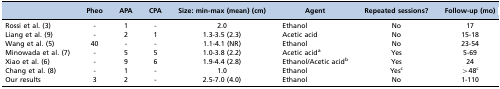
<table><thead><tr><td>[EMPTY_CELL]</td><td><b>Pheo</b></td><td><b>APA</b></td><td><b>CPA</b></td><td><b>Size: min-max (mean) (cm)</b></td><td><b>Agent</b></td><td><b>Repeated sessions?</b></td><td><b>Follow-up (mo)</b></td></tr></thead><tbody><tr><td>Rossi et al. 3</td><td>-</td><td>1</td><td>-</td><td>2.0</td><td>Ethanol</td><td>No</td><td>17</td></tr><tr><td>Liang et al. 9</td><td>-</td><td>2</td><td>1</td><td>1.3-3.5 (2.3)</td><td>Acetic acid</td><td>No</td><td>15-18</td></tr><tr><td>Wang et al. 5</td><td>40</td><td>-</td><td>-</td><td>1.1-4.1 (NR)</td><td>Ethanol</td><td>No</td><td>23-54</td></tr><tr><td>Minowada et al. 7</td><td>-</td><td>5</td><td>5</td><td>1.0-3.8 (2.2)</td><td>Acetic acid<sup>a</sup></td><td>Yes</td><td>5-69</td></tr><tr><td>Xiao et al. 6</td><td>-</td><td>9</td><td>6</td><td>1.9-4.4 (2.8)</td><td>Ethanol/Acetic acid<sup>b</sup></td><td>Yes</td><td>24</td></tr><tr><td>Chang et al. 8</td><td>-</td><td>1</td><td>-</td><td>1.0</td><td>Ethanol</td><td>Yes<sup>c</sup></td><td>&gt;48<sup>c</sup></td></tr><tr><td>Our results</td><td>3</td><td>2</td><td>-</td><td>2.5-7.0 (4.0)</td><td>Ethanol</td><td>No</td><td>1-110</td></tr></tbody></table>